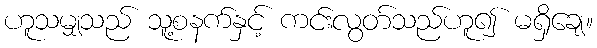
ဟူသမျှသည် သူ့စနက်နှင့် ကင်းလွတ်သည်ဟူ၍ မရှိချေ။